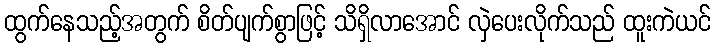
ထွက်နေသည့်အတွက် စိတ်ပျက်စွာဖြင့် သိရှိလာအောင် လှဲပေးလိုက်သည် ထူးကဲယင်